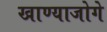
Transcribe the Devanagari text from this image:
खाण्याजोगे